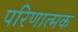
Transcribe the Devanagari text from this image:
परिणात्मक